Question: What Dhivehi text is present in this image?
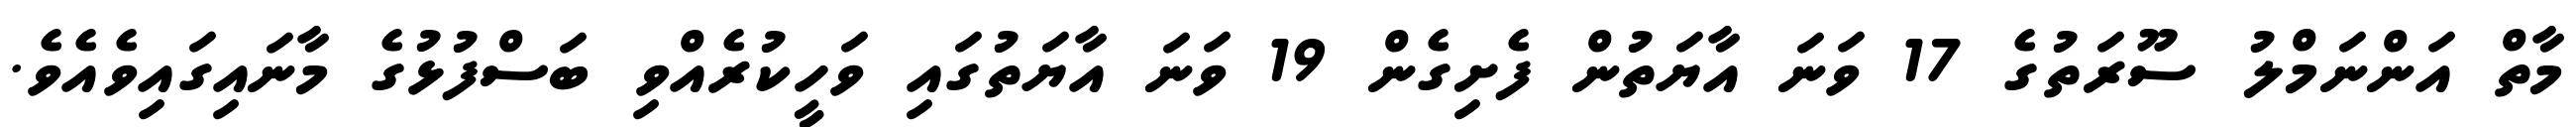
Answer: މާތް އަންނަމްލު ސޫރަތުގެ 17 ވަނަ އާޔަތުން ފެށިގެން 19 ވަނަ އާޔަތުގައި ވަހީކުރެއްވި ބަސްފުޅުގެ މާނައިގައިވެއެވެ.